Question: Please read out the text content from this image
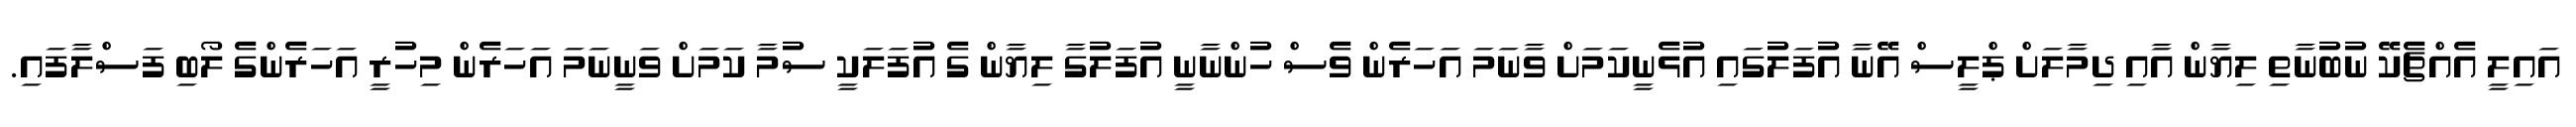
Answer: އައިލީ އެއްޗެކޭ ނުބުނާތި ލިޔާން އާއި ދިމާލަށް ޕްލީސް އޭނާ އުފަލުގައި އުޅެނީކަމަށް ވާނަމަ އަހަރެން ވެސް ހުންނާނީ އުފަލުގާ ލިޔާން ގެ އުފަލަކީ ސުމާ ކަމަށް ވަނީނަމަ އަހަރެން މިހުރީ އަހަރެންގެ ލޯބި ފަސްލާފައި.